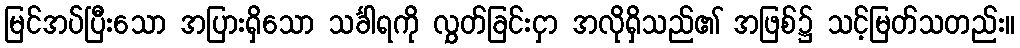
မြင်အပ်ပြီးသော အပြားရှိသော သင်္ခါရကို လွှတ်ခြင်းငှာ အလိုရှိသည်၏ အဖြစ်၌ သင့်မြတ်သတည်း။